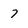
Character: 7